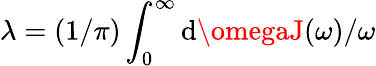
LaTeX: \lambda=(1/\pi)\int_{0}^{\infty}{\mathrm{d}\omegaJ(\omega)/\omega}